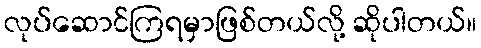
လုပ်ဆောင်ကြရမှာဖြစ်တယ်လို့ ဆိုပါတယ်။